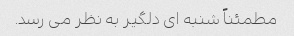
مطمئناً شنبه ای دلگیر به نظر می رسد.